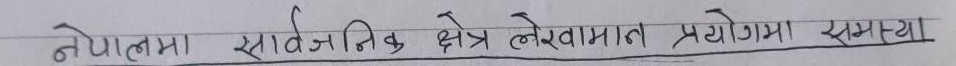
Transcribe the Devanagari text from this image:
नेपालमा सार्वजनिक क्षेत्र लेखामा प्रयोगमा समस्या